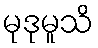
မုဒုမူသိ